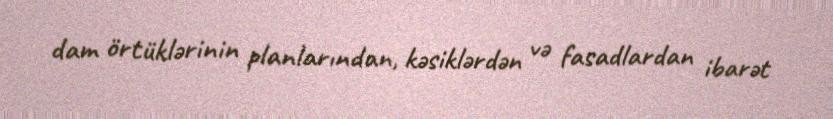
dam örtüklərinin planlarından, kəsiklərdən və fasadlardan ibarət